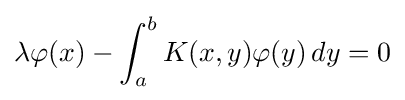
\lambda \varphi (x)-\int _{a}^{b}K(x,y)\varphi (y)\,dy=0